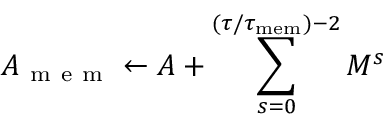
A _ { \mathrm { ~ m ~ e ~ m ~ } } \gets A + \sum _ { s = 0 } ^ { ( \tau / \tau _ { \mathrm { m e m } } ) - 2 } M ^ { s }